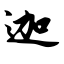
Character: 迦